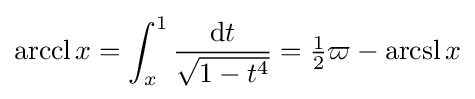
\operatorname {arccl} x=\int _{x}^{1}{\frac {\mathrm {d} t}{\sqrt {1-t^{4}}}}={\tfrac {1}{2}}\varpi -\operatorname {arcsl} x